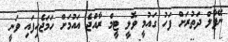
ނޭޕާލް ދަތުރަށް ފަހު ގައުމީ ވޮލީ ޓީމް ރާއްޖެ އައުމަށް ހަމަޖެހިފައި ވަނީ